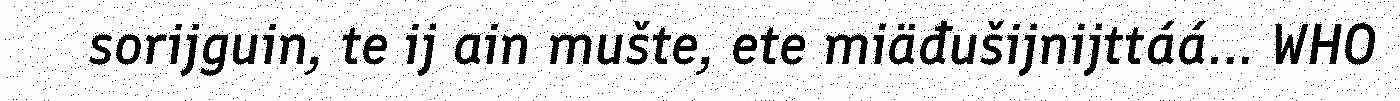
sorijguin, te ij ain mušte, ete miäđušijnijttáá... WHO